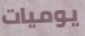
يوميات